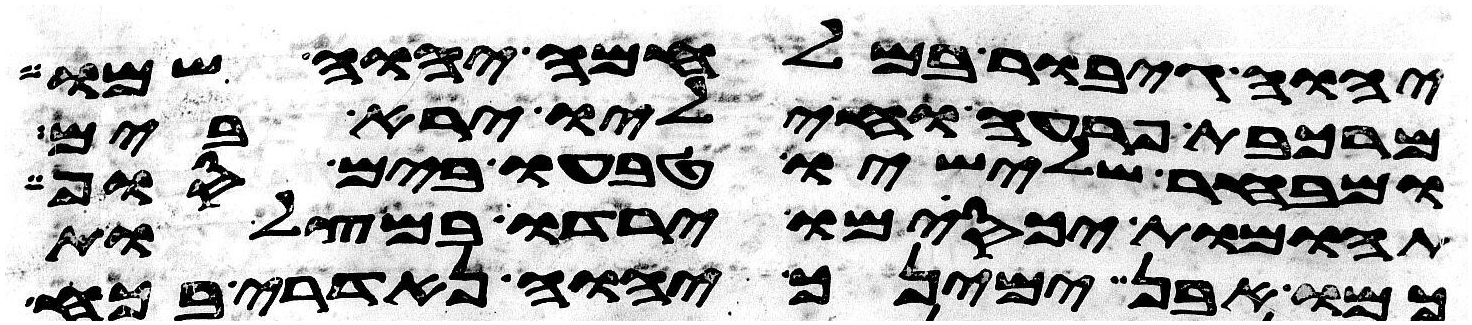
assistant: יהוה גיבור במלחמה יהוה שמו
מרכבת פרעה וחיליו ירא בים
ומבחר שלישיו טבעו בים סוף
תהומות יכסמו ירדו במצלות
כמו אבן ימינך יהוה נדארי בכח